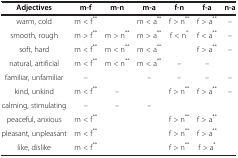
<table><thead><tr><td><b>Adjectives</b></td><td><b>m-f</b></td><td><b>m-n</b></td><td><b>m-a</b></td><td><b>f-n</b></td><td><b>f-a</b></td><td><b>n-a</b></td></tr></thead><tbody><tr><td>warm, cold</td><td>m &lt; f<sup>**</sup></td><td> </td><td>m &lt; a<sup>**</sup></td><td>f &gt; n<sup>**</sup></td><td>f &gt; a<sup>**</sup></td><td>–</td></tr><tr><td>smooth, rough</td><td>m &gt; f<sup>**</sup></td><td>m &gt; n<sup>**</sup></td><td>m &gt; a<sup>**</sup></td><td>f &lt; n<sup>*</sup></td><td>f &lt; a<sup>**</sup></td><td>–</td></tr><tr><td>soft, hard</td><td>m &lt; f<sup>**</sup></td><td>m &lt; n<sup>**</sup></td><td>m &lt; a<sup>**</sup></td><td> </td><td>f &gt; a<sup>**</sup></td><td>–</td></tr><tr><td>natural, artificial</td><td>m &lt; f<sup>**</sup></td><td>m &lt; n<sup>**</sup></td><td>m &lt; a<sup>**</sup></td><td>–</td><td>–</td><td> </td></tr><tr><td>familiar, unfamiliar</td><td>–</td><td> </td><td>–</td><td>–</td><td>–</td><td>–</td></tr><tr><td>kind, unkind</td><td>m &lt; f<sup>**</sup></td><td>–</td><td> </td><td>f &gt; n<sup>**</sup></td><td>f &gt; a<sup>**</sup></td><td>–</td></tr><tr><td>calming, stimulating</td><td>–</td><td>–</td><td>–</td><td> </td><td> </td><td> </td></tr><tr><td>peaceful, anxious</td><td>m &lt; f<sup>**</sup></td><td> </td><td> </td><td>f &gt; n<sup>**</sup></td><td>f &gt; a<sup>**</sup></td><td> </td></tr><tr><td>pleasant, unpleasant</td><td>m &lt; f<sup>**</sup></td><td> </td><td> </td><td>f &gt; n<sup>**</sup></td><td>f &gt; a<sup>**</sup></td><td> </td></tr><tr><td>like, dislike</td><td>m &lt; f<sup>**</sup></td><td> </td><td> </td><td>f &gt; n<sup>**</sup></td><td>f &gt; a<sup>*</sup></td><td> </td></tr></tbody></table>